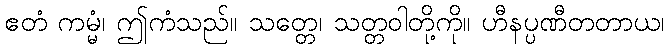
ဧတံ ကမ္မံ၊ ဤကံသည်။ သတ္တေ၊ သတ္တဝါတို့ကို။ ဟီနပ္ပဏီတတာယ၊